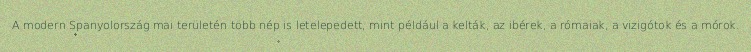
A modern Spanyolország mai területén több nép is letelepedett, mint például a kelták, az ibérek, a rómaiak, a vizigótok és a mórok.